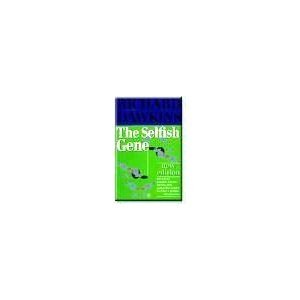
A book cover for The Selfish Gene (New Edition); Richard Dawkins; Science & Math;